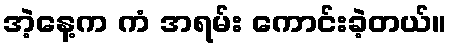
အဲ့နေ့က ကံ အရမ်း ကောင်းခဲ့တယ်။